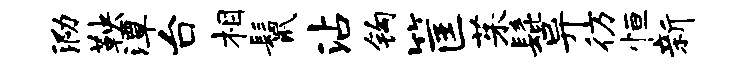
泐鞅潭台相鬣沾钩筐茱髭异彷恒新